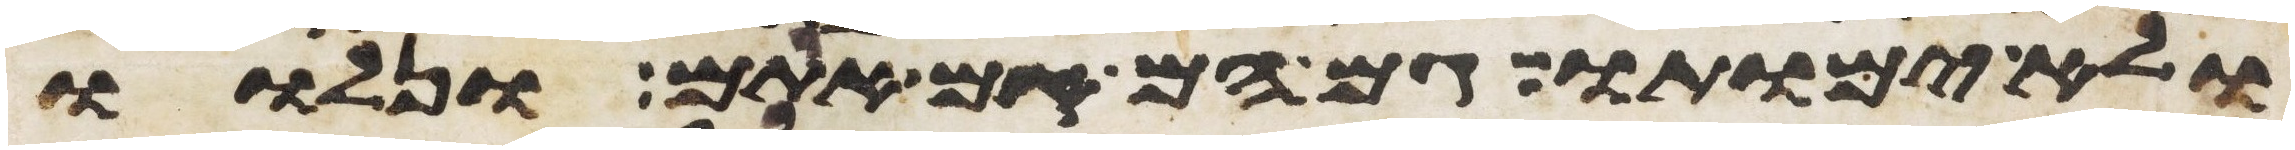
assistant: ולא ימותו גם הם גם אתם ונלוו